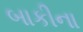
બાકીના